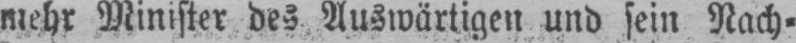
mehr Minister des Auswärtigen und sein Nach⸗